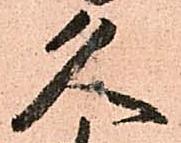
久